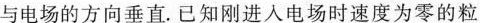
与电场的方向垂直。已知刚进入电场时速度为零的粒